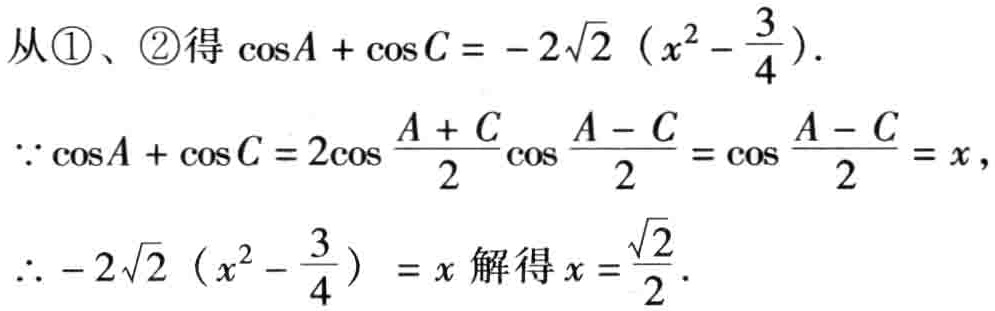
从\textcircled{1}、\textcircled{2}得 \(\cos A + \cos C = - 2\sqrt{2}\left(x^{2}-\frac{3}{4}\right)\).

\(\because \cos A + \cos C = 2\cos\frac{A + C}{2}\cos\frac{A - C}{2}=\cos\frac{A - C}{2}=x\),

\(\therefore - 2\sqrt{2}\left(x^{2}-\frac{3}{4}\right)=x\) 解得 \(x = \frac{\sqrt{2}}{2}\).